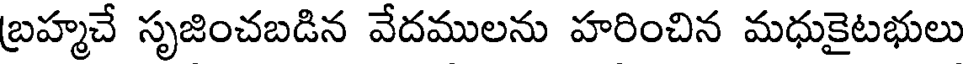
బ్రహ్మచే సృజించబడిన వేదములను హరించిన మధుకైటభులు